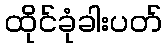
ထိုင်ခုံခါးပတ်